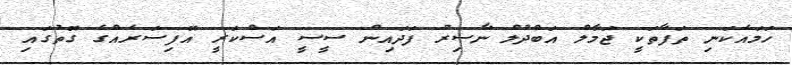
ހަމައެކަނި ތަފާތަކީ ޖަމާލް އަބްދުލް ނާސިރު ފަދައިން ސީސީ އަސްކަރީ އޮފިސަރެއްގެ ގޮތުގައި